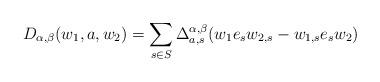
LaTeX: \begin{align*}D_{\alpha,\beta}(w_{1},a,w_{2})=\sum_{s\in S}\Delta_{a,s}^{\alpha,\beta}(w_{1}e_{s}w_{2,s}-w_{1,s}e_{s}w_{2})\end{align*}